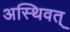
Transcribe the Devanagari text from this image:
अस्थिवत्